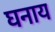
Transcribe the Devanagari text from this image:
घनाय